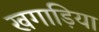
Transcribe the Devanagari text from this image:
खगाड़िया